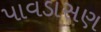
પાવડાસણ